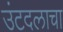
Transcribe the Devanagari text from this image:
उंटदलाचा